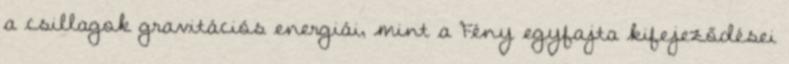
a csillagok gravitációs energiái, mint a Fény egyfajta kifejeződései